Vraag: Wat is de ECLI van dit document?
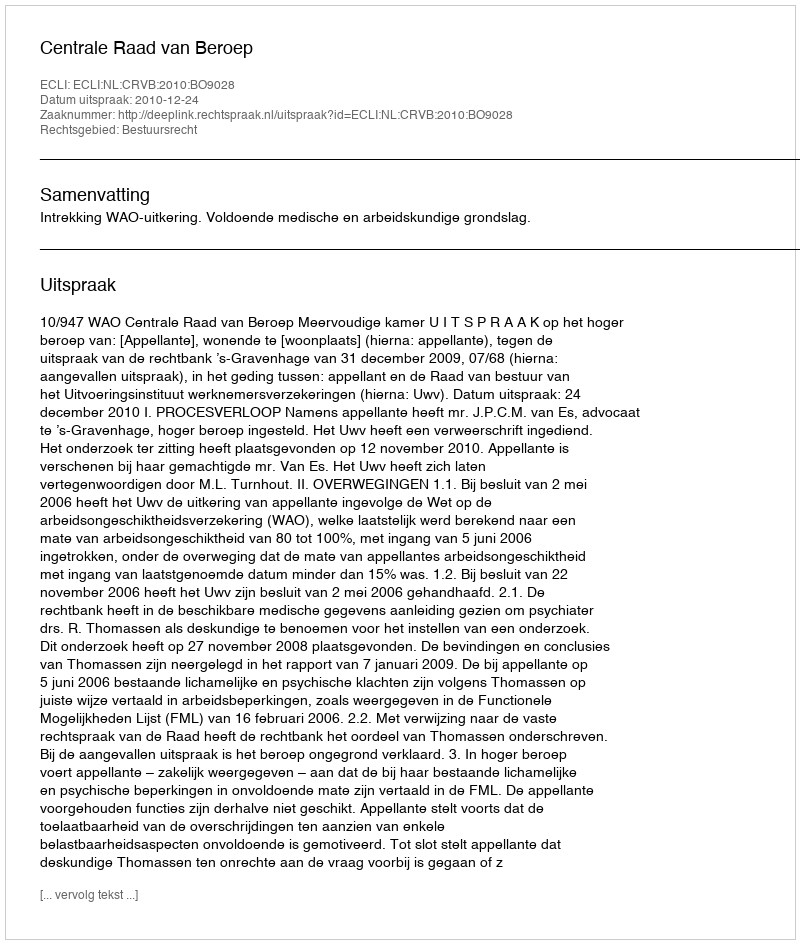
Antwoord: ECLI:NL:CRVB:2010:BO9028